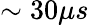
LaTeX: \sim 30\mu s